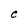
Character: C